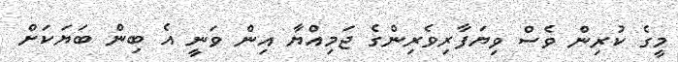
މީގެ ކުރިން ވެސް ވިޔަފާރިވެރިންގެ ޖަމިއްޔާ އިން ވަނީ އެ ބިން ބަޔަކަށް